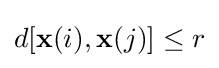
d[\mathbf {x} (i),\mathbf {x} (j)]\leq r